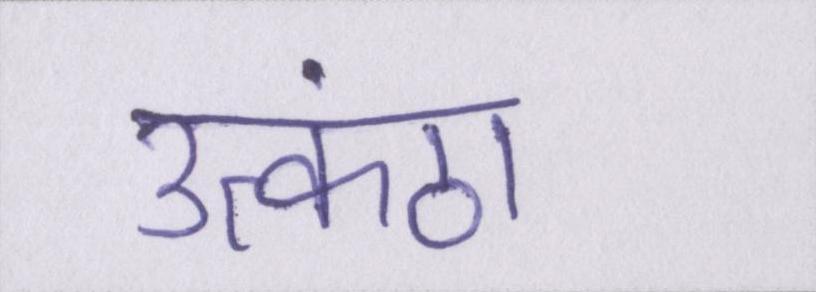
उत्कंठा